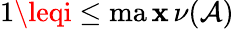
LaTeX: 1\leqi\leq\operatorname*{ma\mathbf{x}}\nu(\mathcal{{A}})